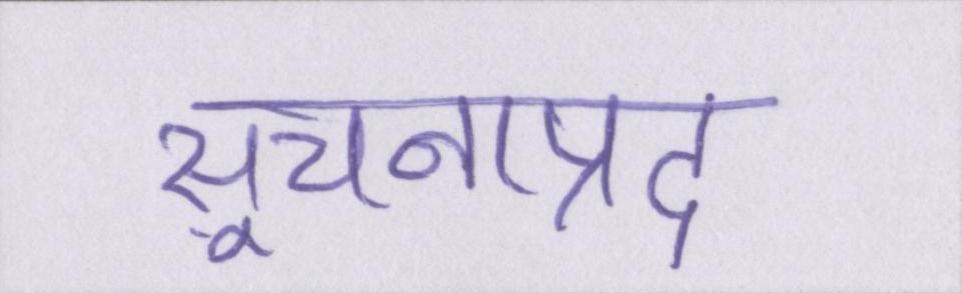
सूचनाप्रद